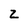
Character: z